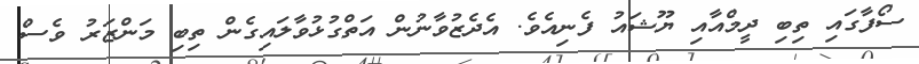
ސޯފާގައި ތިބި ދީމްއާއި ޔޫޝައު ފެނިއެވެ. އެދެޒުވާނުން އަތްގުޅުވާލައިގެން ތިބި މަންޒަރު ވެސް